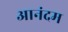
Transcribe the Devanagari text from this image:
आनंदम